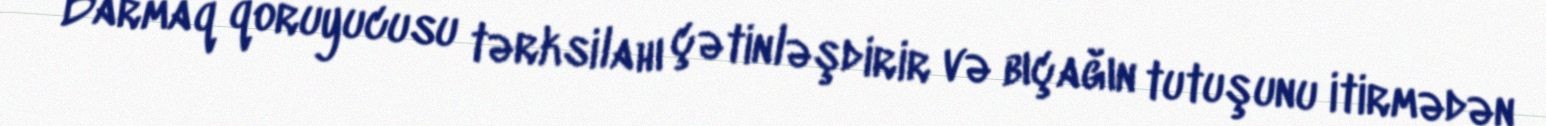
Barmaq qoruyucusu tərksilahı çətinləşdirir və bıçağın tutuşunu itirmədən